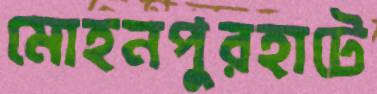
মোহনপুরহাটে